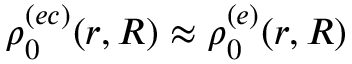
\rho _ { 0 } ^ { ( e c ) } ( r , R ) \approx \rho _ { 0 } ^ { ( e ) } ( r , R )